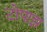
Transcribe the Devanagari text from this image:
टोपाझ